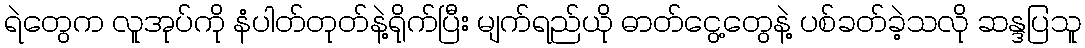
ရဲတွေက လူအုပ်ကို နံပါတ်တုတ်နဲ့ရိုက်ပြီး မျက်ရည်ယို ဓာတ်ငွေ့တွေနဲ့ ပစ်ခတ်ခဲ့သလို ဆန္ဒပြသူ